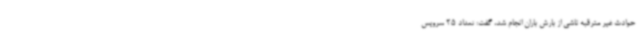
حوادث غیر مترقبه ناشی از بارش باران انجام شد، گفت: تعداد 25 سرویس